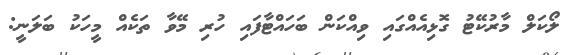
ލޯކަލް މާރުކޭޓު ގޮޅިއެއްގައި ވިއްކަން ބަހައްޓާފައި ހުރި މޭވާ ތަކެއް މީހަކު ބަލަނީ: